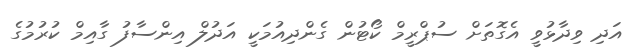
އަދި ވިދާޅުވީ އެގޮތަށް ސުޕްރީމް ކޯޓުން ގެންދިއުމަކީ އަދުލް އިންސާފު ގާއިމް ކުރުމުގެ